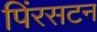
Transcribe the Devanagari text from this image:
पिंरसटन